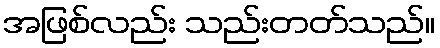
အဖြစ်လည်း သည်းတတ်သည်။